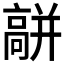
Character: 𩫑